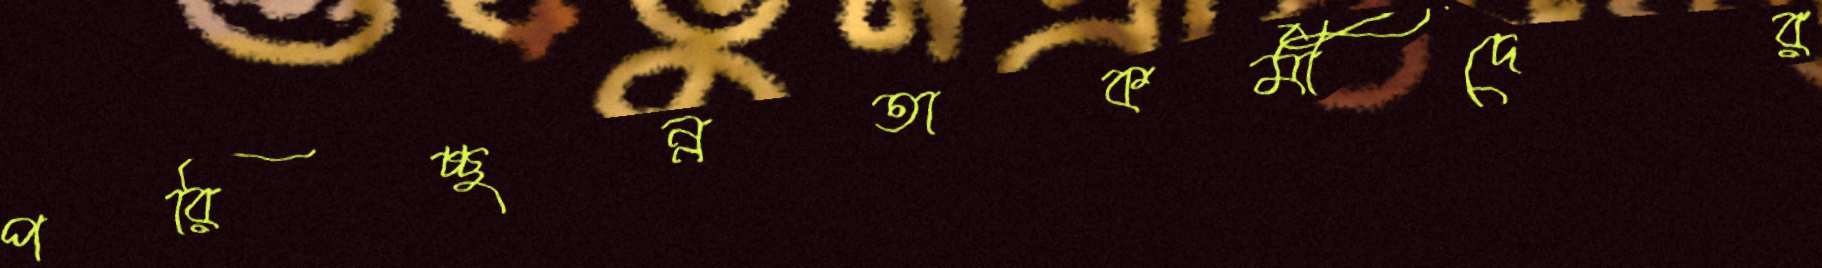
পরিচ্ছন্নতাকর্মীদের